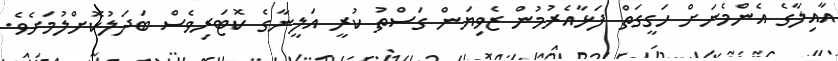
އާއިލާގެ އެންމެނަށް ހަގީގަތް ފަޅާއެރުމުން ޒެވިޔަން ގަސްތު ކުރީ އަލީނާގެ ކޮޓަރިވެސް ބަދަލުކޮށްލުމަށެވެ.